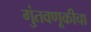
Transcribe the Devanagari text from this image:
गुंतवणूकीचा